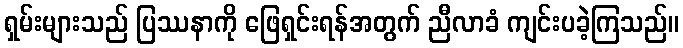
ရှမ်းများသည် ပြဿနာကို ဖြေရှင်းရန်အတွက် ညီလာခံ ကျင်းပခဲ့ကြသည်။